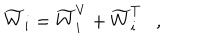
\widetilde { W } _ { i } = \widetilde { W } _ { i } ^ { V } + \widetilde { W } _ { i } ^ { T } ,